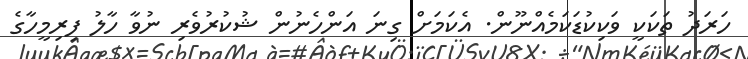
ހަރަދު ތަކަކީ ވަކިކުޑަކަމެއްނޫން. އެކަމަށް ގިނަ އަންހެނުން ޝުކުރުވެރި ނުވާ ހާލު ފިރިމީހާގެ